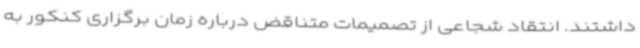
داشتند. انتقاد شجاعی از تصمیمات متناقض درباره زمان برگزاری کنکور به